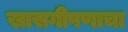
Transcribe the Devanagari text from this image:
खासगीपणाचा